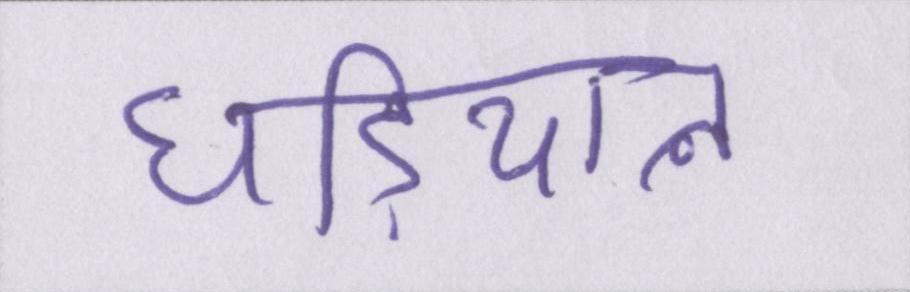
घडि़याल